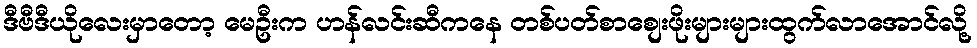
ဒီဗီဒီယိုလေးမှာတော့ မေဦးက ဟန်လင်းဆီကနေ တစ်ပတ်စာစျေးဖိုးများများထွက်လာအောင်လို့